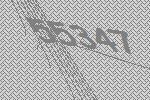
55347